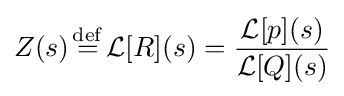
Z(s){\stackrel {\mathrm {def} }{{}={}}}{\mathcal {L}}[R](s)={\frac {{\mathcal {L}}[p](s)}{{\mathcal {L}}[Q](s)}}